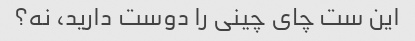
این ست چای چینی را دوست دارید، نه؟